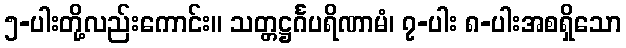
၅-ပါးတို့လည်းကောင်း။ သတ္တဋ္ဌင်္ဂပရိဏာမံ၊ ၇-ပါး ၈-ပါးအစရှိသော